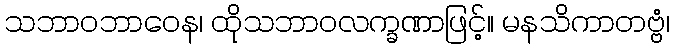
သဘာဝဘာဝေန၊ ထိုသဘာဝလက္ခဏာဖြင့်။ မနသိကာတဗ္ဗံ၊